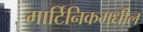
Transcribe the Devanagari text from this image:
मार्टिनिकमधील